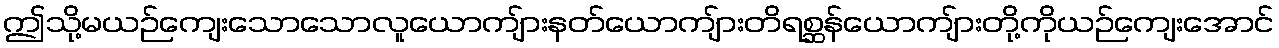
ဤသို့မယဉ်ကျေးသောသောလူယောကျ်ားနတ်ယောကျ်ားတိရစ္ဆန်ယောကျ်ားတို့ကိုယဉ်ကျေးအောင်